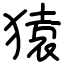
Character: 猿